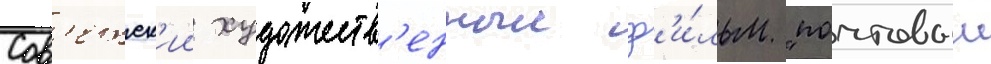
Сов'етск'ии художеств'енныи ф'и́льм "почтовыи